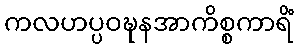
ကလဟပ္ပဝဍ္ဎနအာကိစ္စကာရိံ